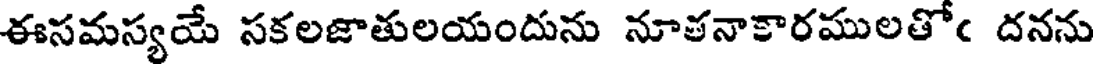
ఈసమస్యయే సకలజాతులయందును నూతనాకారములతోఁ దనను